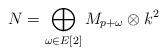
LaTeX: \begin{align*}N =\bigoplus_{\omega \in E[2]} M_{p+\omega} \otimes k^2\end{align*}